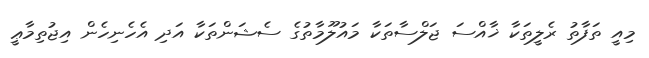
މިއީ ތަފާތު ރެލީތަކާ ޚާއްސަ ޖަލްސާތަކާ މައުލޫމާތުގެ ސެޝަންތަކާ އަދި އެހެނިހެން އިޖުތިމާޢީ